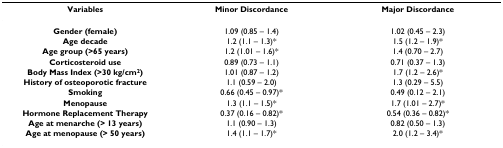
<table><thead><tr><td><b>Variables</b></td><td><b>Minor Discordance</b></td><td><b>Major Discordance</b></td></tr></thead><tbody><tr><td><b>Gender (female)</b></td><td>1.09 (0.85 – 1.4)</td><td>1.02 (0.45 – 2.3)</td></tr><tr><td><b>Age decade</b></td><td>1.2 (1.1 – 1.3)*</td><td>1.5 (1.2 – 1.9)*</td></tr><tr><td><b>Age group (&gt;65 years)</b></td><td>1.2 (1.01 – 1.6)*</td><td>1.4 (0.70 – 2.7)</td></tr><tr><td><b>Corticosteroid use</b></td><td>0.89 (0.73 – 1.1)</td><td>0.71 (0.37 – 1.3)</td></tr><tr><td><b>Body Mass Index (&gt;30 kg/cm<sup>2</sup>)</b></td><td>1.01 (0.87 – 1.2)</td><td>1.7 (1.2 – 2.6)*</td></tr><tr><td><b>History of osteoporotic fracture</b></td><td>1.1 (0.59 – 2.0)</td><td>1.3 (0.29 – 5.5)</td></tr><tr><td><b>Smoking</b></td><td>0.66 (0.45 – 0.97)*</td><td>0.49 (0.12 – 2.1)</td></tr><tr><td><b>Menopause</b></td><td>1.3 (1.1 – 1.5)*</td><td>1.7 (1.01 – 2.7)*</td></tr><tr><td><b>Hormone Replacement Therapy</b></td><td>0.37 (0.16 – 0.82)*</td><td>0.54 (0.36 – 0.82)*</td></tr><tr><td><b>Age at menarche (&gt; 13 years)</b></td><td>1.1 (0.90 – 1.3)</td><td>0.82 (0.50 – 1.3)</td></tr><tr><td><b>Age at menopause (&gt; 50 years)</b></td><td>1.4 (1.1 – 1.7)*</td><td>2.0 (1.2 – 3.4)*</td></tr></tbody></table>